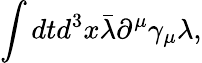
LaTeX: \int dtd^{3}x\bar{\lambda}\partial^{\mu}\gamma_{\mu}\lambda,